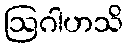
ဩဂါဟသိ